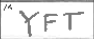
Transcription: YFT